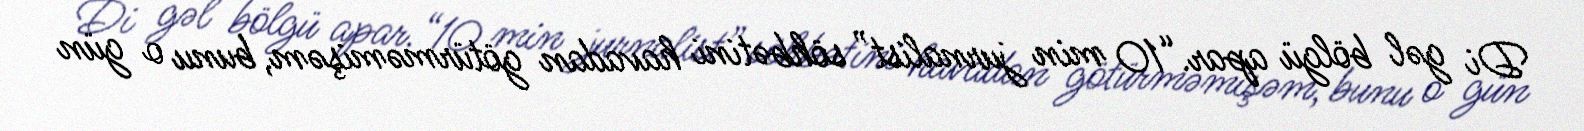
Di gəl bölgü apar.“10 min jurnalist” söhbətini havadan götürməmişəm, bunu o gün